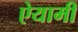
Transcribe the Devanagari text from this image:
ऐयामी